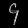
Digit: ၄